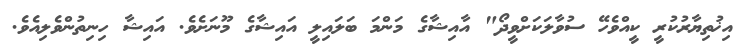
އިޚުތިޔާރުކުރީ ކީއްވެހޭ ސުވާލަކަށްވީދޯ" އާއިޝާގެ މަންމަ ބަލައިލީ އައިޝާގެ މޫނަށެވެ. އައިޝާ ހިނިތުންވެލިއެވެ.